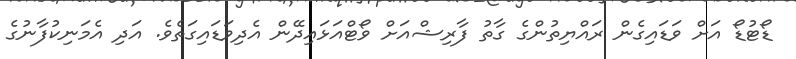
ޑޯޓުޑޯ އަށް ވަޑައިގެން ރައްޔިތުންގެ ގާތު ފާރިޝްއަށް ވޯޓްއަޅައިދޭން އެދިވަޑައިގަތެވެ. އަދި އެމަނިކުފާނުގެ